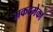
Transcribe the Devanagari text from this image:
मकदमेका